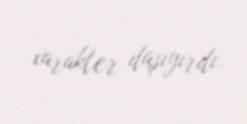
xarakter daşıyırdı.